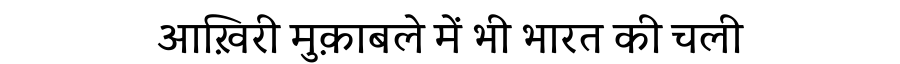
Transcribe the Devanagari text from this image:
आख़िरी मुक़ाबले में भी भारत की चली